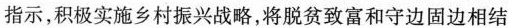
指示，积极实施乡村振兴战略，将脱贫致富和守边固边相结